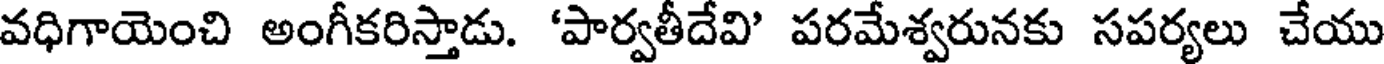
వధిగాయెంచి అంగీకరిస్తాడు. 'పార్వతీదేవి' పరమేశ్వరునకు సపర్యలు చేయు